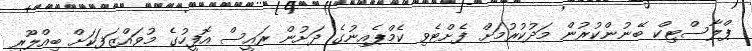
ޕްލާސްޓިކް ބޭނުންކުރުން މަދުކުރުމަށް ފެށްޓެވި ކެމްޕެއިނުގެ ދަށުން ރައީސް އޮފީހުގެ މުވައްޒަފަކަށް ބިއްލޫރި